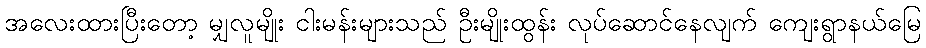
အလေးထားပြီးတော့ မျှလူမျိုး ငါးမန်းများသည် ဦးမျိုးထွန်း လုပ်ဆောင်နေလျက် ကျေးရွာနယ်မြေ